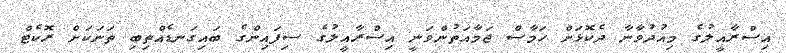
އިސްރާއީލުގެ މިއުދުވާނާ ދެކޮޅަށް ހަމާސް ޖަމާއަތުންވަނީ އިސްރާއީލުގެ ސިފައިންގެ ބައިގަނޑެއްތިބި ތަނަކަށް ރޮކެޓް